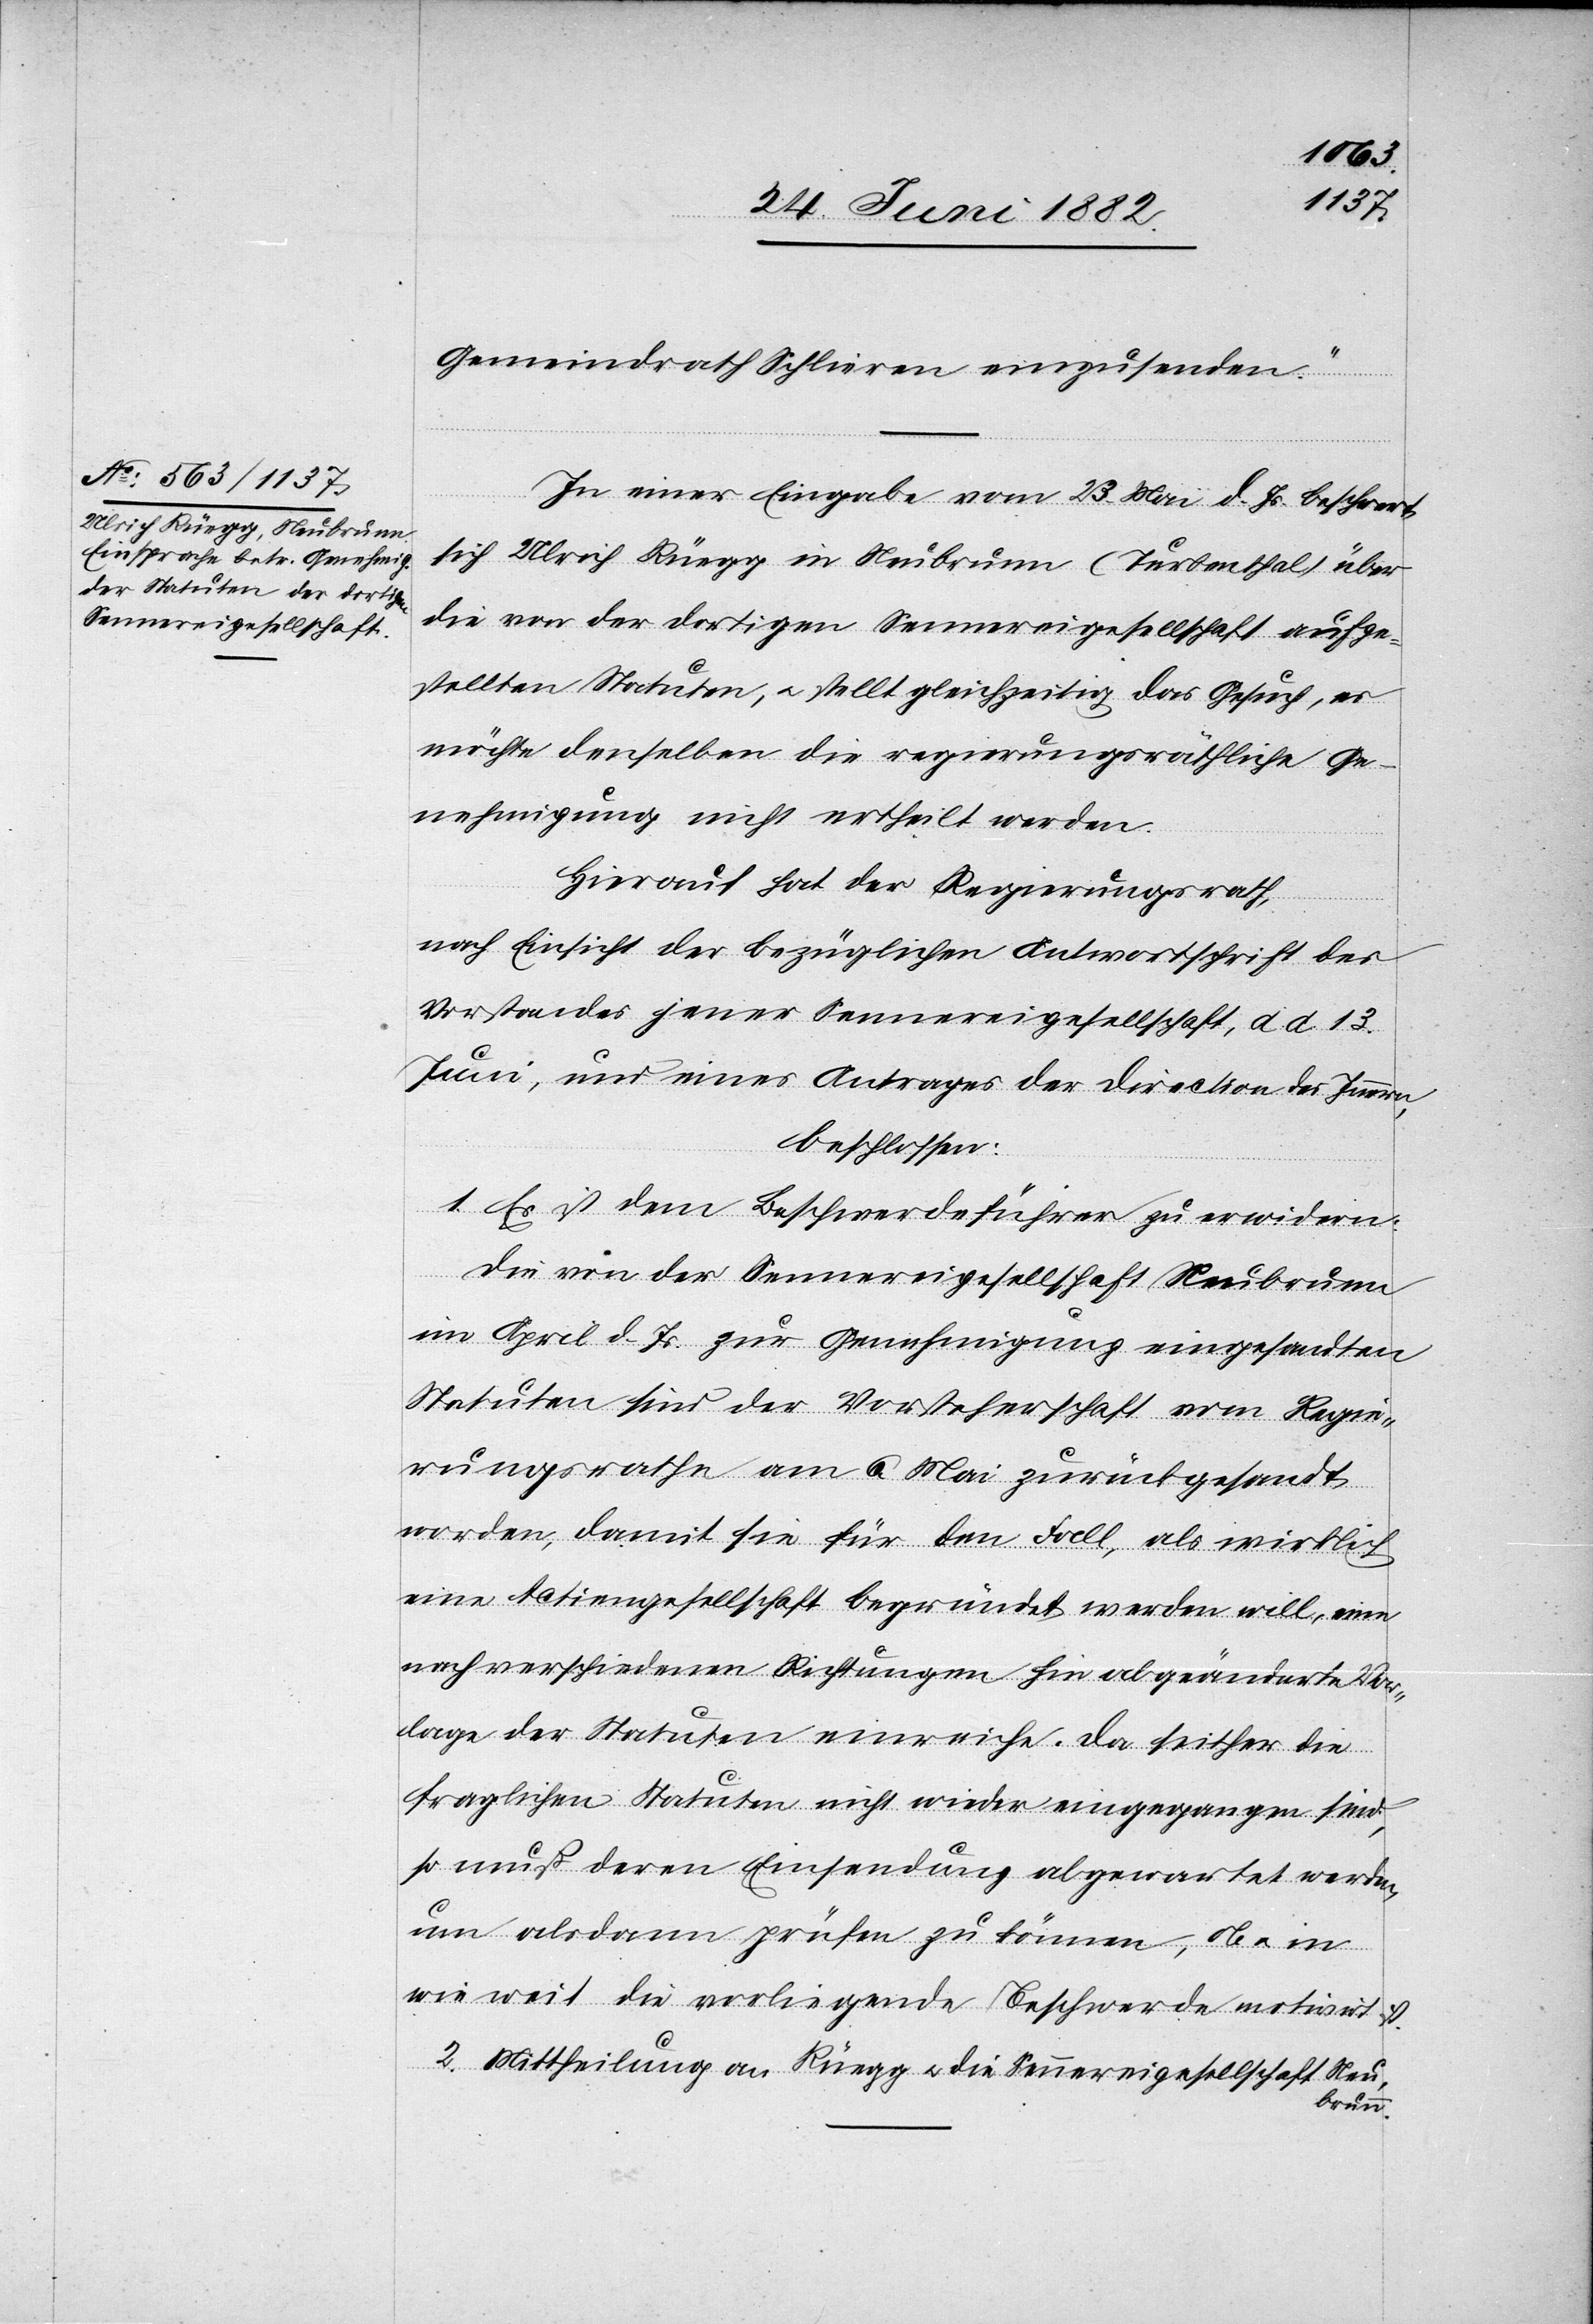
Gemeindrath Schlieren einzusenden.“
In einer Eingabe vom 23. Mai d. Js. beschwert
sich Ulrich Rüegg in Neubrunn (Turbenthal) über
die von der dortigen Sennereigesellschaft aufge¬
stellten Statuten, u. stellt gleichzeitig das Gesuch, es
möchte denselben die regierungsräthliche Ge¬
nehmigung nicht ertheilt werden.
Hierauf hat der Regierungsrath,
nach Einsicht der bezüglichen Antwortschrift des
Vorstandes jener Sennereigesellschaft, d. d. 13.
Juni, und eines Antrages der Direction des Innern,
beschlossen:
1. Es ist dem Beschwerdeführer zu erwidern:
Die von der Sennereigesellschaft Neubrunn
im April d. Js. zur Genehmigung eingesandten
Statuten sind der Vorsteherschaft vom Regie¬
rungsrathe am 6. Mai zurückgesandt
worden, damit sie für den Fall, als wirklich
eine Actiengesellschaft begründet werden will, eine
nach verschiedenen Richtungen hin abgeänderte Vor¬
lage der Statuten einreiche. Da seither die
fraglichen Statuten nicht wieder eingegangen sind,
so muß deren Einsendung abgewartete werden,
um alsdann prüfen zu können, ob u. in
wie weit die vorliegende Beschwerde motivirt
2. Mittheilung an Rüegg u. die Sennereigesellschaft Neu¬
brunn.